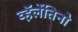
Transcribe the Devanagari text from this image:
व्हॅलेंतिनो